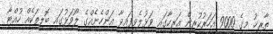
ތާރީޚު މީގެ 9000 އަހަރުކުރިން އަރިހާގައި ވަޅުލެވިފައިވާ އަންހެނެއްގެ ލޯވަޅުގައި ބޮލިތަކެއް ހުއްޓާ